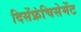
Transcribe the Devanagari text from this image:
दिसेंफ्रंचिसेमेंट